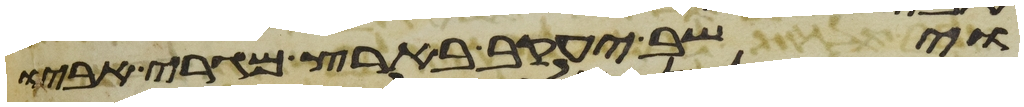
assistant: וישב יעקב בארץ מגרי אביו